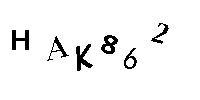
HAK862